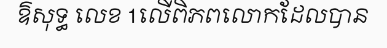
ឱសុទ្ធ លេខ 1លើពិភពលោកដែលបាន